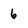
Character: 6